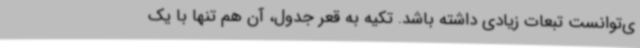
ی‌توانست تبعات زیادی داشته باشد. تکیه به قعر جدول، آن هم تنها با یک